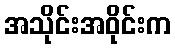
အသိုင်းအဝိုင်းက